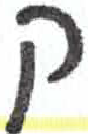
אות: ק